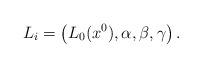
LaTeX: \begin{align*} {L}_i=\left( L_0(x^0), \alpha, \beta, \gamma \right).\end{align*}